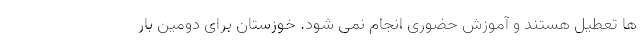
ها تعطیل هستند و آموزش حضوری انجام نمی شود. خوزستان برای دومین بار